Vabadussoja_Ajaloo_Komitee, lk 64
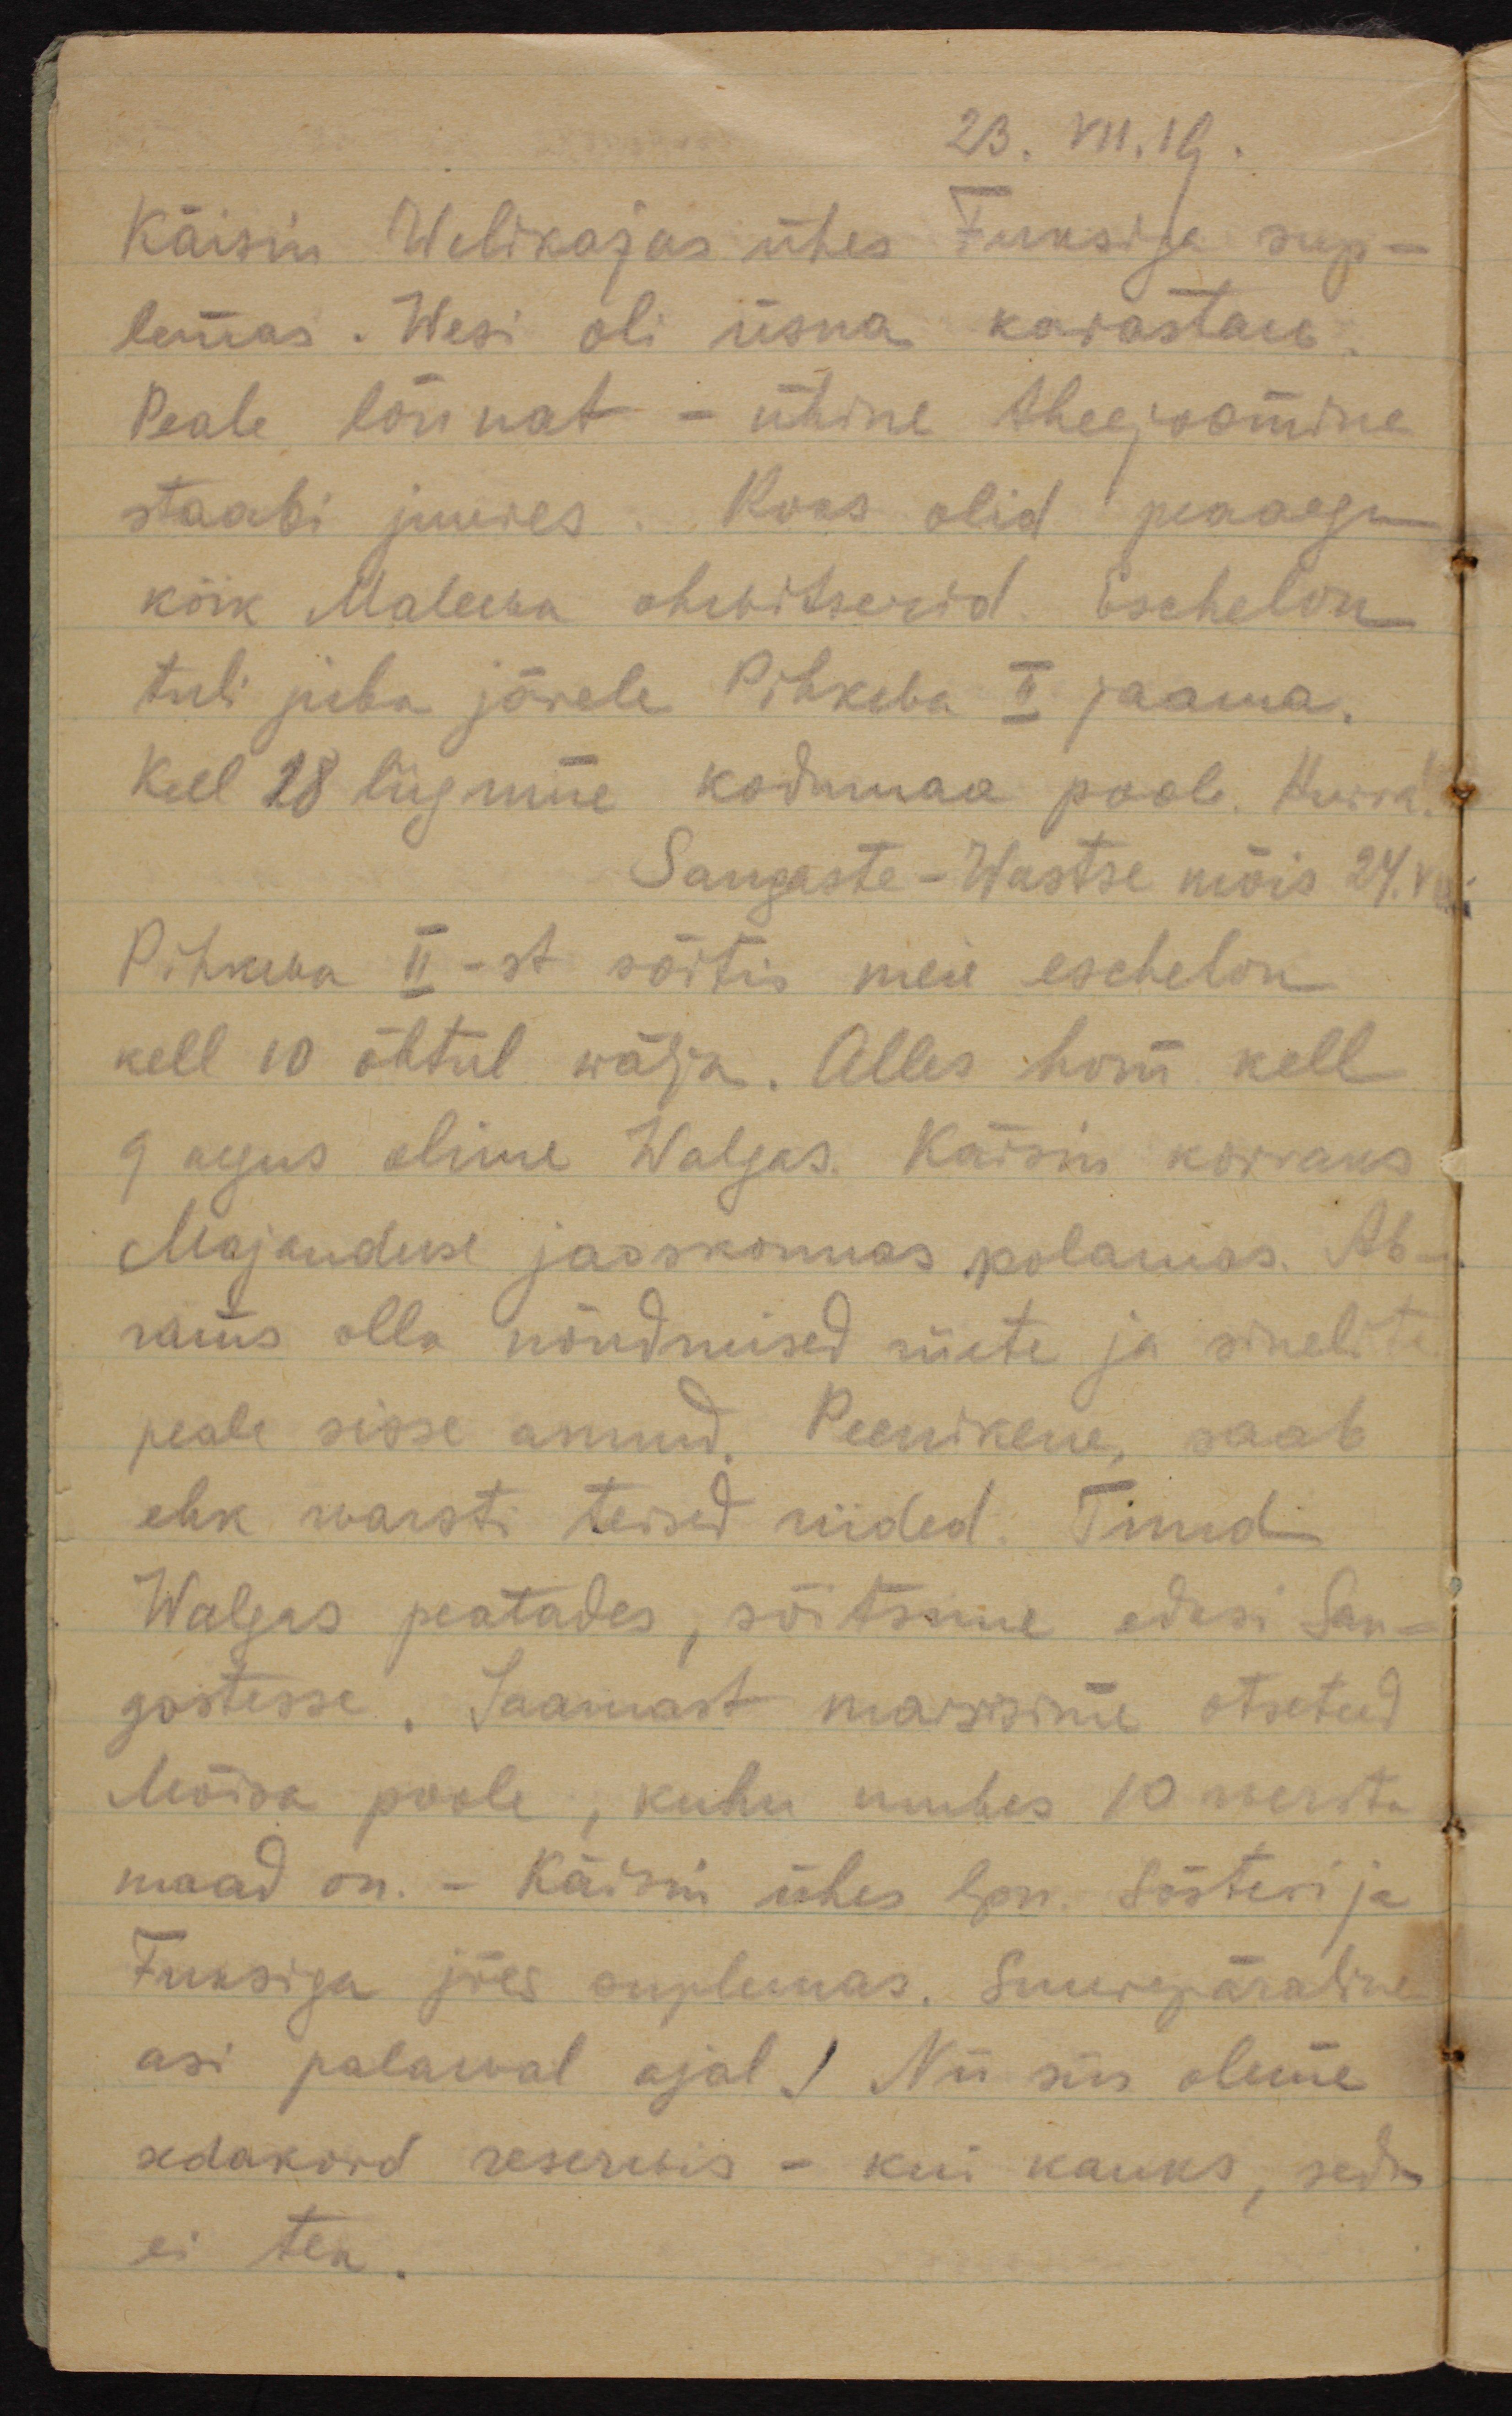
23.VII.19.
Käisin Welikajas ühes Fuksiga sup-
lemas. Wesi oli üsna karastaw.
Peale lõunat - ühine theejoomine
staabi juures. Koos olid peaaegu
kõik Maleva ohwitserid. Eschelon
tuli juba järele Pihkva II jaama.
Kell 18 liigume kodumaa poole. Hurra!
Sangaste-Wastse mõis 24. VII.
Pihkva II-st sõitis meie eschelon
kell 10 õhtul wälja. Alles hom kell
9 aegus olime Walgas. Käisin korraks
Majanduse jaoskonnas kolamas. Ab-
rams olla nõudmised riiete ja sinelite
peale sisse andnud. Peenikene, saab
ehk warsti teised riided. Tund
Walgas peatudes, sõitsime edasi San-
gastesse. Jaamast marsisime otseteed
Mõisa poole, kuhu umbes 10 wersta
maad on. - Käisin ühes lpn. Sösteri ja
Fuksiga jões suplemas. Suurepäraline
asi palawal ajal. Nii siis olime
sedakord reserwis - kui kauaks, seda
ei tea.